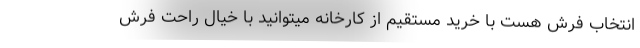
انتخاب فرش هست با خرید مستقیم از کارخانه میتوانید با خیال راحت فرش